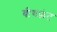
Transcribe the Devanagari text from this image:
बीचफ्रंट